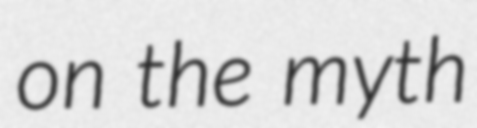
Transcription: on the myth